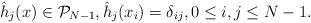
LaTeX: \begin{align*}\hat h_j(x)\in {\mathcal P}_{N-1},\hat h_j(x_i)=\delta_{ij},0\le i,j\le N-1. \end{align*}